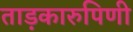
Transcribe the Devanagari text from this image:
ताड़कारुपिणी